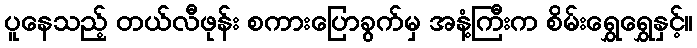
ပူနေသည့် တယ်လီဖုန်း စကားပြောခွက်မှ အနံ့ကြီးက စိမ်းရွှေရွှေနှင့်။